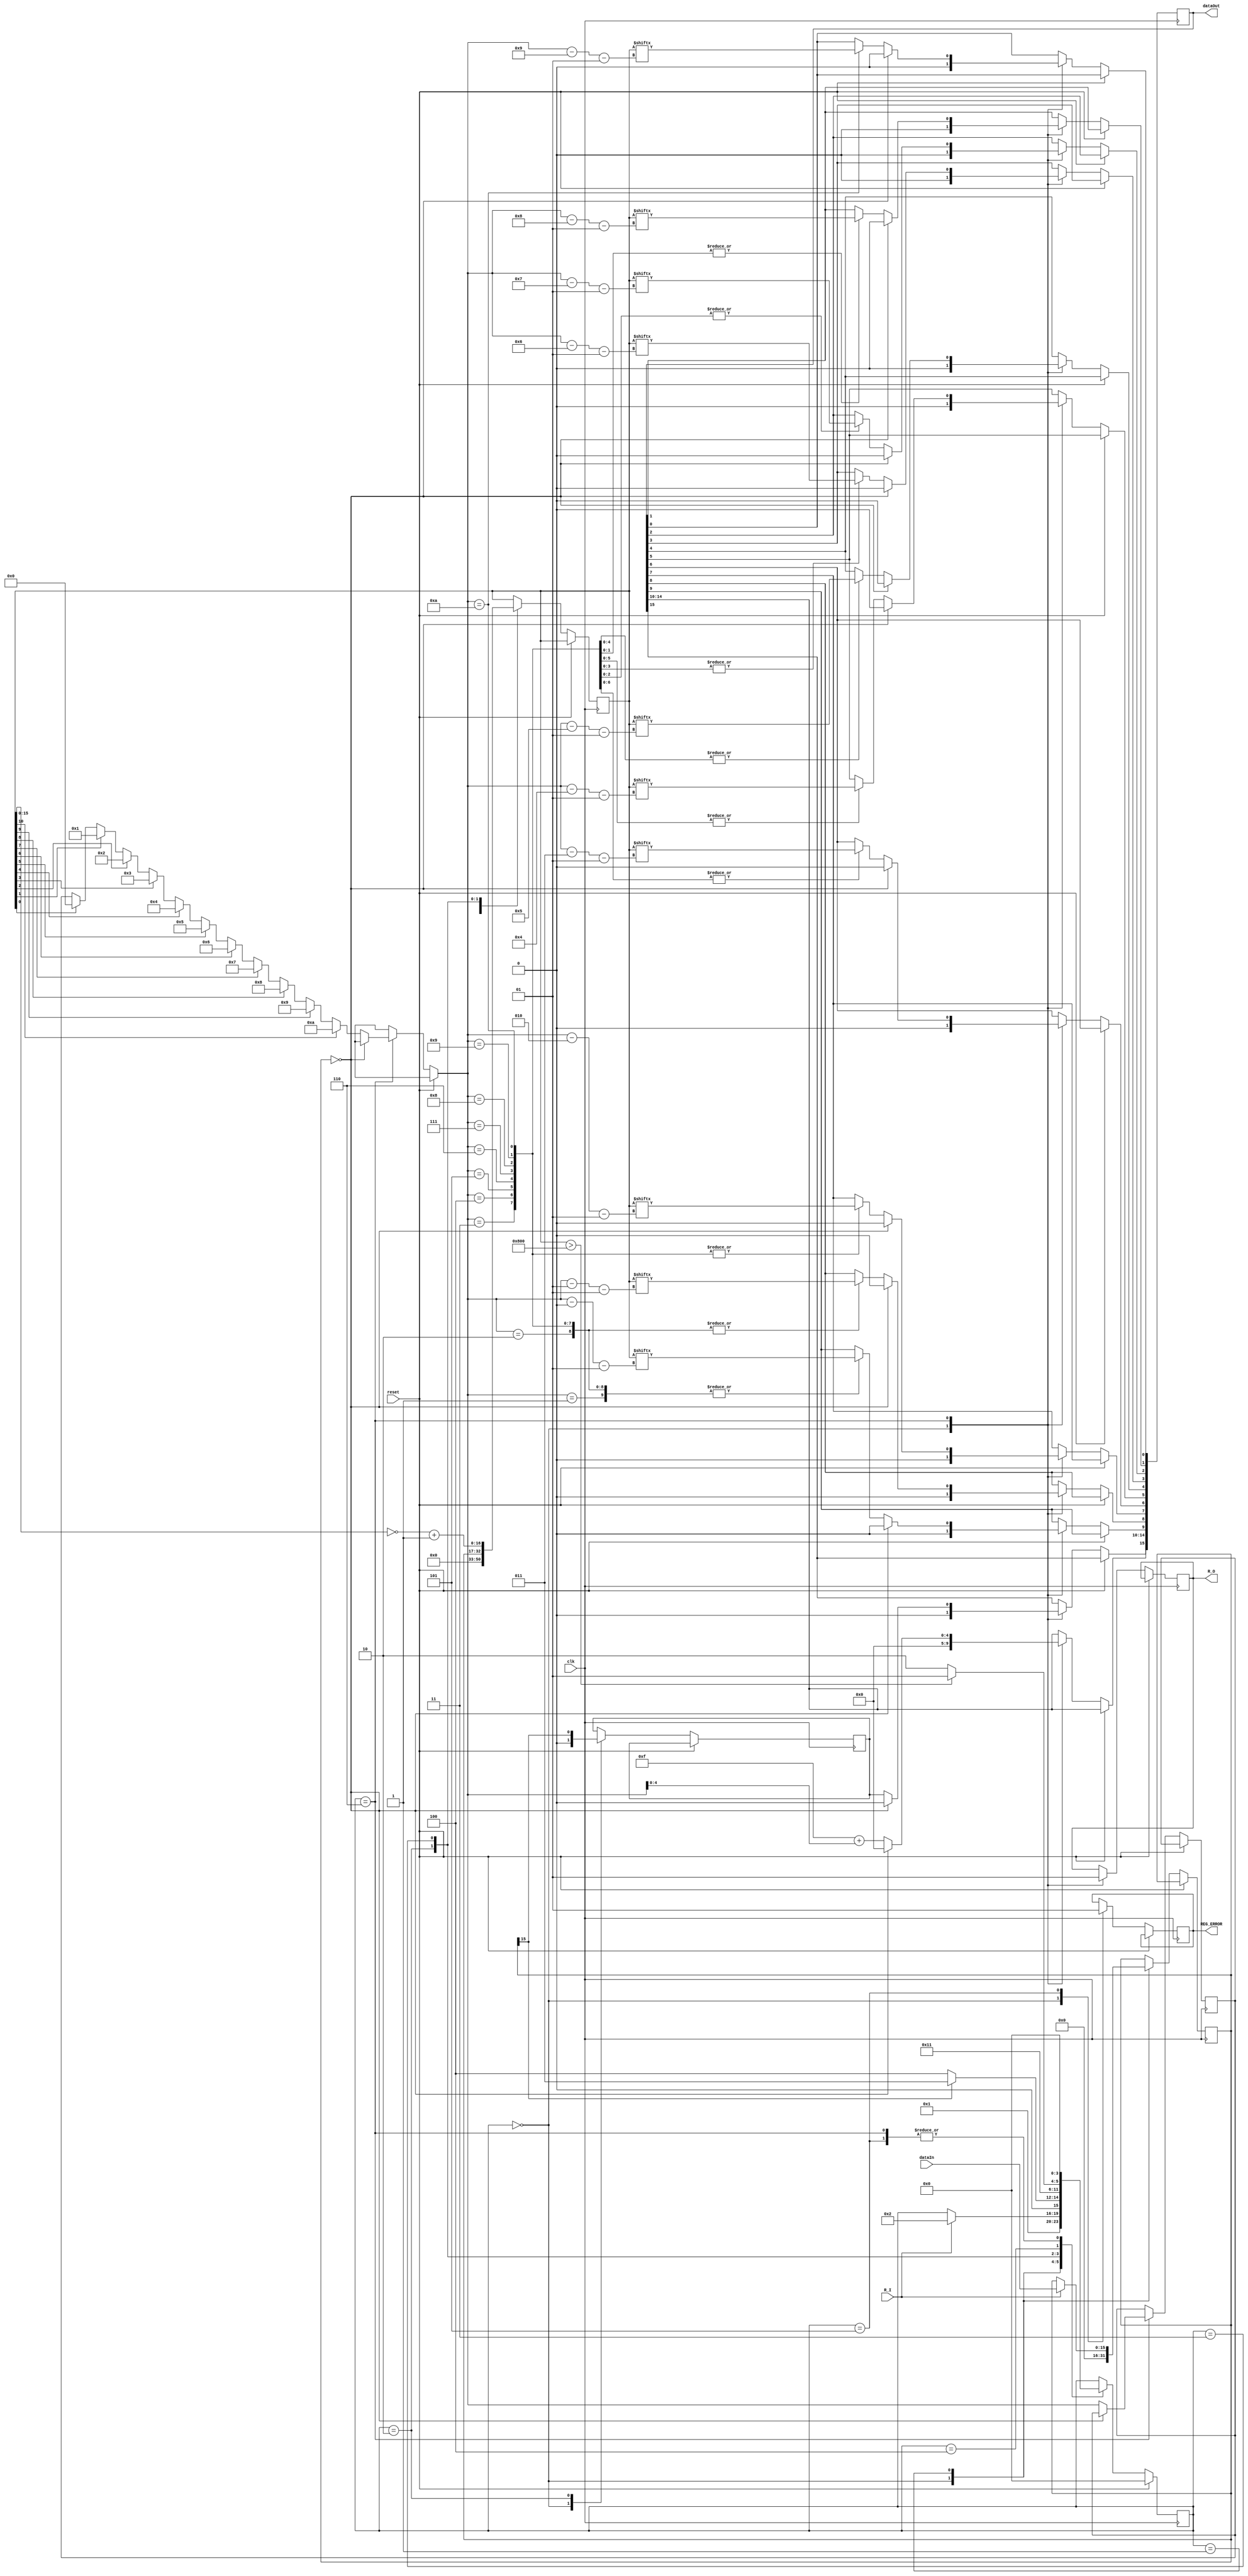
module fsm(
    input [15:0] dataIn,
    input R_I,
    input reset,
    input clk,
    output reg REG_ERROR,
    output [15:0] dataOut,
    output reg R_O
);

parameter S0 = 0,
          S1 = 1,
          S2 = 2,
          S3 = 3,
          S4 = 4,
          S5 = 5,
          S6 = 6;

reg [3:0] state;
reg [15:0] REG_IN, REG_RES;
reg [16:0] REG_TMP;
reg REG_SIGN;

integer i, j, point;

initial begin
    state     = S0;
    REG_ERROR = 0;
    REG_RES   = 0;
    REG_IN    = 0;
    REG_TMP   = 0;
    REG_SIGN  = 0;
    i         = 0;
    j         = 0;
    point     = 0;

    R_O       = 0;
end


always@(posedge clk) begin
    if (reset)
        state <= S0;
    else begin
        case(state)
            S0: begin
                R_O       <= 0;
                REG_IN    <= 0;
                REG_RES   <= 0;
                REG_TMP   <= 0;
                REG_SIGN  <= 0;
                REG_ERROR <= 0;

                state <= S1;
            end
            S1: begin
                if (R_I) begin
                    REG_IN <= dataIn;

                    state <= S2;
                end
            end
            S2: begin
                REG_SIGN = REG_IN[15];
                REG_TMP  <= REG_IN;

                if (REG_SIGN)
                    state <= S3;
                else
                    state <= S4;
            end
            S3: begin
                REG_TMP     = ~REG_TMP;
                REG_TMP[16] = 0;
                REG_TMP     = REG_TMP + 1;

                state <= S4;
            end
            S4: begin
                if (REG_TMP > 2048)
                    state <= S5;
                else
                    state <= S6;
            end
            S5: begin
                REG_ERROR <= 1;

                state <= S0;
            end
            S6: begin
                if (REG_IN == 0) begin
                    REG_RES <= 0;
                end
                else begin
                    for (i = 0; i < 11; i = i + 1) begin
                        if (REG_TMP[i] == 1)
                            point = i;
                        else
                            point = point;
                    end

                    REG_RES[15] <= REG_SIGN;
                    REG_RES[14:10] <= 15 + point;
                    case(point)
                        0:  for (j = 0; j < 0; j = j + 1)  REG_RES[9-j] <= REG_TMP[point-j-1];
                        1:  for (j = 0; j < 1; j = j + 1)  REG_RES[9-j] <= REG_TMP[point-j-1];
                        2:  for (j = 0; j < 2; j = j + 1)  REG_RES[9-j] <= REG_TMP[point-j-1];
                        3:  for (j = 0; j < 3; j = j + 1)  REG_RES[9-j] <= REG_TMP[point-j-1];
                        4:  for (j = 0; j < 4; j = j + 1)  REG_RES[9-j] <= REG_TMP[point-j-1];
                        5:  for (j = 0; j < 5; j = j + 1)  REG_RES[9-j] <= REG_TMP[point-j-1];
                        6:  for (j = 0; j < 6; j = j + 1)  REG_RES[9-j] <= REG_TMP[point-j-1];
                        7:  for (j = 0; j < 7; j = j + 1)  REG_RES[9-j] <= REG_TMP[point-j-1];
                        8:  for (j = 0; j < 8; j = j + 1)  REG_RES[9-j] <= REG_TMP[point-j-1];
                        9:  for (j = 0; j < 9; j = j + 1)  REG_RES[9-j] <= REG_TMP[point-j-1];
                        10: for (j = 0; j < 10; j = j + 1) REG_RES[9-j] <= REG_TMP[point-j-1];
                    endcase

                end
                R_O <= 1;

                state <= S0;
            end
        endcase
    end
end

assign dataOut = REG_RES;


endmodule